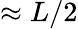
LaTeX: \approx L/2